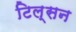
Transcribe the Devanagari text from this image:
टिल्सन